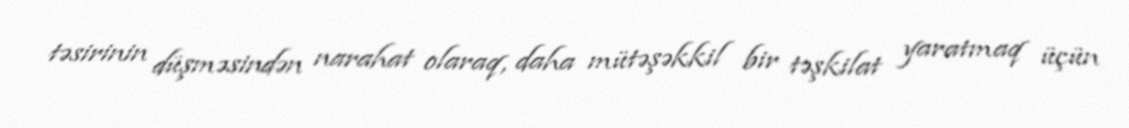
təsirinin düşməsindən narahat olaraq, daha mütəşəkkil bir təşkilat yaratmaq üçün